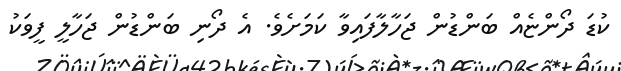
ކުޑަ ދޯންޏެއް ބަންޑުން ޖަހާލާފައިވާ ކަމަށެވެ. އެ ދޯނި ބަންޑުން ޖަހާލީ ފީވަކު